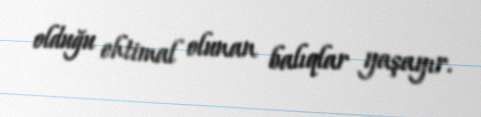
olduğu ehtimal olunan balıqlar yaşayır.